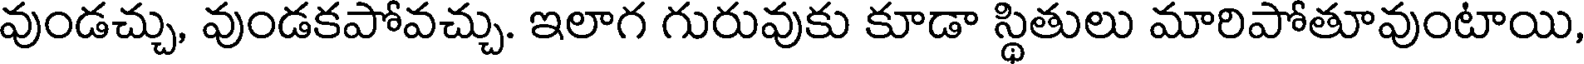
వుండచ్చు, వుండకపోవచ్చు. ఇలాగ గురువుకు కూడా స్థితులు మారిపోతూవుంటాయి